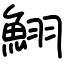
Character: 鮙